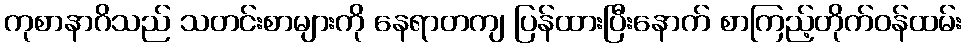
ကုစာနာဂိသည် သတင်းစာများကို နေရာတကျ ပြန်ထားပြီးနောက် စာကြည့်တိုက်ဝန်ထမ်း